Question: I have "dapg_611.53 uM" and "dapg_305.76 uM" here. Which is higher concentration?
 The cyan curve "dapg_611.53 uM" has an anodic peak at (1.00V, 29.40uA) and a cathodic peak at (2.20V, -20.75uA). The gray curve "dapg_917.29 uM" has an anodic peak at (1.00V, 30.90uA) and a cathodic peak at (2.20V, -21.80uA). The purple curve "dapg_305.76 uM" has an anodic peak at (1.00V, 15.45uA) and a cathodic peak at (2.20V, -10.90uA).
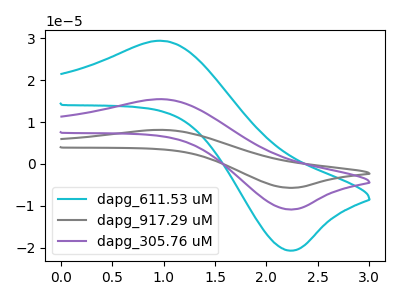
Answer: <think>All the peaks in "dapg_611.53 uM" have a peak in "dapg_305.76 uM" at the same potential. Every peak in "dapg_611.53 uM" is higher than every peak in "dapg_305.76 uM".
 </think>
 <answer>"dapg_611.53 uM" has more signal than "dapg_305.76 uM" and so likely has a higher concentration.</answer>
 <eval>more_concentration</eval>